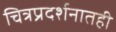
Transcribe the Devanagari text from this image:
चित्रप्रदर्शनातही